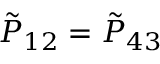
{ \tilde { P } } _ { 1 2 } = { \tilde { P } } _ { 4 3 }